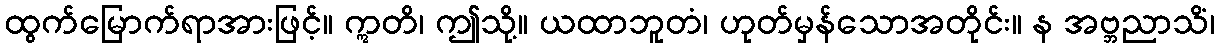
ထွက်မြောက်ရာအားဖြင့်။ ဣတိ၊ ဤသို့။ ယထာဘူတံ၊ ဟုတ်မှန်သောအတိုင်း။ န အဗ္ဘညာသိံ၊